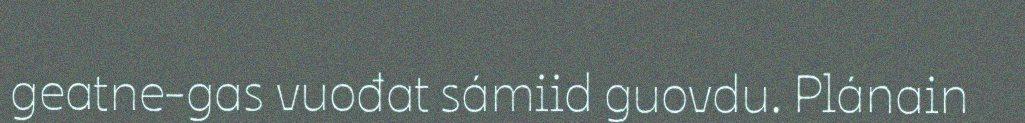
geatne-gas vuođat sámiid guovdu. Plánain